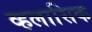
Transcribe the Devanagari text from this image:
व्हलासिक